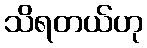
သိရတယ်ဟု